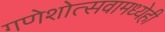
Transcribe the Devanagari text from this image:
गणेशोत्सवामध्येही